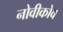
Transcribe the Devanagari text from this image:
नोवीकोव